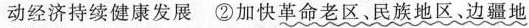
动经济持续健康发展②加快革命老区、民族地区、边疆地区